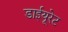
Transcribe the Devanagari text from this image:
डाईयूरेट